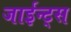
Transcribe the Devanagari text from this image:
जाईन्ट्स